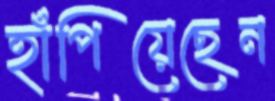
হাঁপিয়েছেন